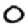
Digit: 0